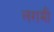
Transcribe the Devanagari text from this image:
लरामी